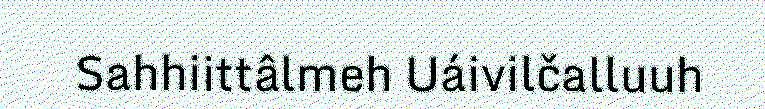
Sahhiittâlmeh Uáivilčalluuh